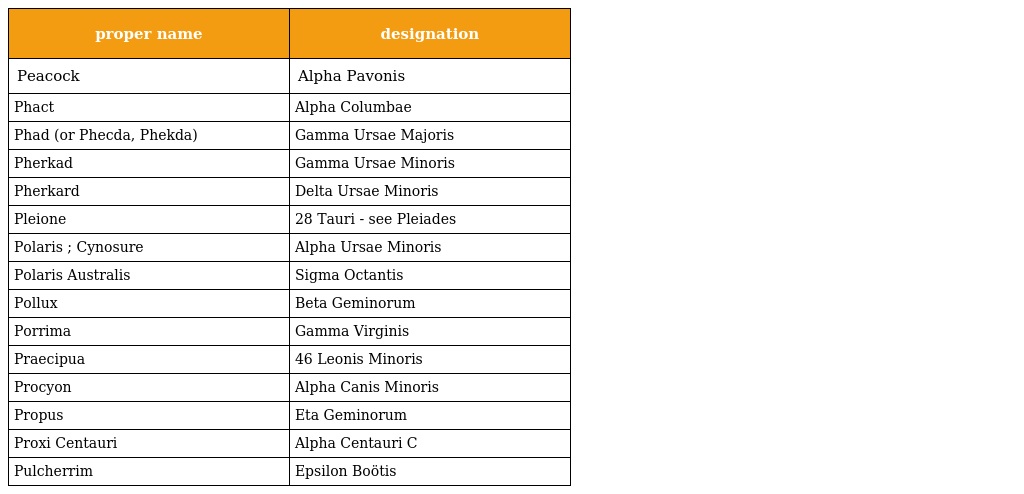
| proper name | designation |
 | --- | --- |
 | Peacock | Alpha Pavonis |
 | Phact | Alpha Columbae |
 | Phad (or Phecda, Phekda) | Gamma Ursae Majoris |
 | Pherkad | Gamma Ursae Minoris |
 | Pherkard | Delta Ursae Minoris |
 | Pleione | 28 Tauri - see Pleiades |
 | Polaris ; Cynosure | Alpha Ursae Minoris |
 | Polaris Australis | Sigma Octantis |
 | Pollux | Beta Geminorum |
 | Porrima | Gamma Virginis |
 | Praecipua | 46 Leonis Minoris |
 | Procyon | Alpha Canis Minoris |
 | Propus | Eta Geminorum |
 | Proxi Centauri | Alpha Centauri C |
 | Pulcherrim | Epsilon Boötis |